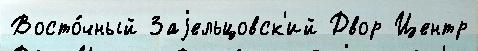
Восто́чный Заjельцовск'ий Двор Центр